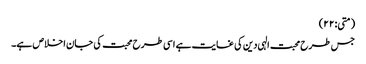
(متی:۲۲)
جس طرح محبت الہی دین کی غایت ہے اسی طرح محبت کی جان اخلاص ہے۔